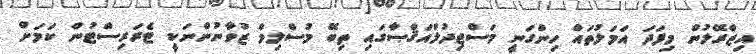
އިޒްރޭލުން މިފަދަ އަމަލުތައް ހިންގަނީ މަސްޖިދުލްއަޤްޞާގައި ތިބޭ މުސްލިމް ޒުވާނުންނަކީ ޓެރަރިސްޓުން ކަމަށް